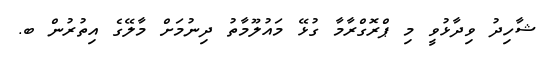
ޝާހިދު ވިދާޅުވީ މި ޕްރޮގްރާމާ ގުޅޭ މައުލޫމާތު ދިނުމަށް މާލޭގެ އިތުރުން ބ.